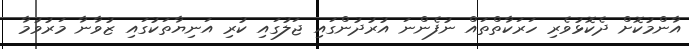
އާންމުކޮށް ދެކޮޅުވެރި ހަރަކާތްތައް ނުފެންނަ އުރުދުންގައި ޖަލުގައި ކުރި އަނިޔާތަކުގައި ޒުވާނާ މަރުވުމާ